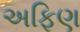
અફિણ